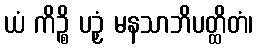
ယံ ကိဉ္စိ ပဉှံ မနသာဘိပတ္ထိတံ၊